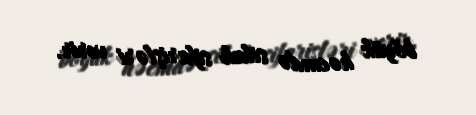
böyük həcmdə silah sifarişləri verir.